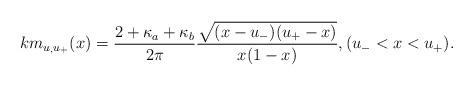
LaTeX: \begin{align*}km_{u_, u_+}(x) = \frac{2 + \kappa_a + \kappa_b}{2 \pi} \frac{\sqrt{(x - u_-)(u_+ - x)}}{ {x(1-x)}}, (u_- < x < u_+).\end{align*}